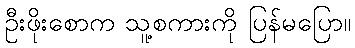
ဦးဖိုးစောက သူ့စကားကို ပြန်မပြော။